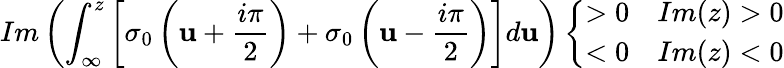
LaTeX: Im\left(\int_{\infty}^{z}\left[\sigma_{0}\left(\mathbf{u}+\frac{{i\pi}}{{2}}\right)+\sigma_{0}\left(\mathbf{u}-\frac{{i\pi}}{{2}}\right)\right]d\mathbf{u}\right)\left\{ \begin{array}{rl}{{>0}}&{{Im(z)>0}}\\ {{<0}}&{{Im(z)<0}}\end{array}\right.